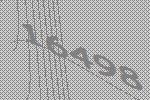
16498